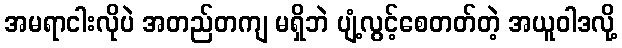
အမရာငါးလိုပဲ အတည်တကျ မရှိဘဲ ပျံ့လွင့်စေတတ်တဲ့ အယူဝါဒလို့